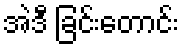
အဲဒီ ခြင်းတောင်း